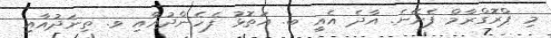
މި ޕްރޮގްރާމް ފެށޭނެ. އާދެ އެއީ ބ. އަތޮޅު ފެހެންދުއާއި ވ. ތިނަދުއާއި